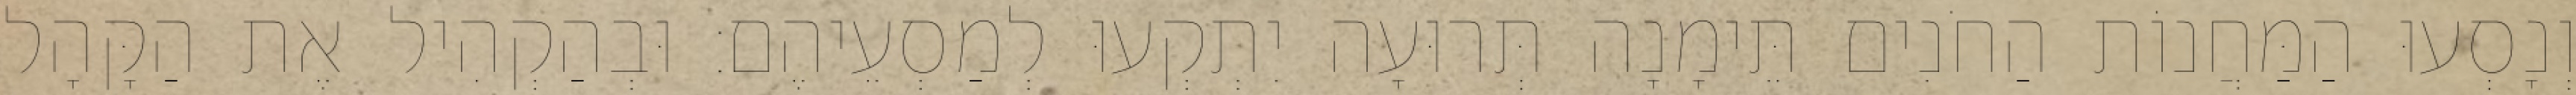
וְנָסְעוּ הַמַּחֲנוֹת הַחֹנִים תֵּימָנָה תְּרוּעָה יִתְקְעוּ לְמַסְעֵיהֶם׃ וּבְהַקְהִיל אֶת הַקָּהָל